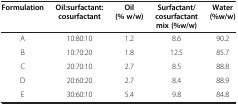
| Formulation | Oil:surfactant:cosurfactant | Oil (% w/w) | Surfactant/cosurfactant mix (%w/w) | Water (%w/w) |
 | --- | --- | --- | --- | --- |
 | A | 10:80:10 | 1.2 | 8.6 | 90.2 |
 | B | 10:70:20 | 1.8 | 12.5 | 85.7 |
 | C | 20:70:10 | 2.7 | 8.5 | 88.8 |
 | D | 20:60:20 | 2.7 | 8.4 | 88.9 |
 | E | 30:60:10 | 5.4 | 9.8 | 84.8 |